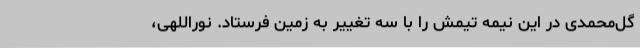
گل‌محمدی در این نیمه تیمش را با سه تغییر به زمین فرستاد. نوراللهی،